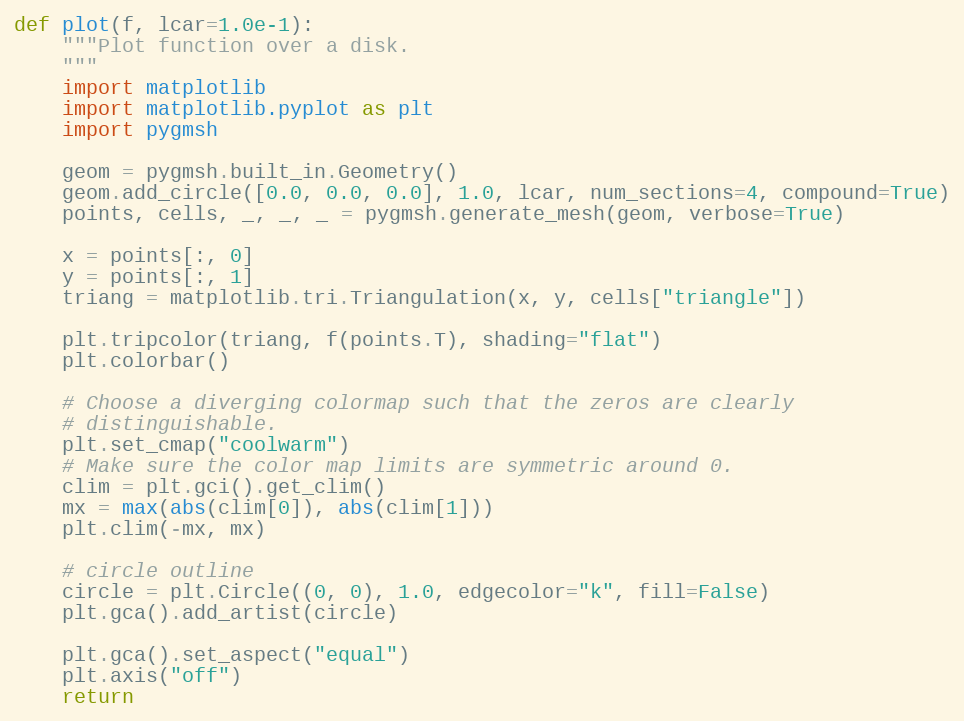
Language: Python
def plot(f, lcar=1.0e-1):
    """Plot function over a disk.
    """
    import matplotlib
    import matplotlib.pyplot as plt
    import pygmsh

    geom = pygmsh.built_in.Geometry()
    geom.add_circle([0.0, 0.0, 0.0], 1.0, lcar, num_sections=4, compound=True)
    points, cells, _, _, _ = pygmsh.generate_mesh(geom, verbose=True)

    x = points[:, 0]
    y = points[:, 1]
    triang = matplotlib.tri.Triangulation(x, y, cells["triangle"])

    plt.tripcolor(triang, f(points.T), shading="flat")
    plt.colorbar()

    # Choose a diverging colormap such that the zeros are clearly
    # distinguishable.
    plt.set_cmap("coolwarm")
    # Make sure the color map limits are symmetric around 0.
    clim = plt.gci().get_clim()
    mx = max(abs(clim[0]), abs(clim[1]))
    plt.clim(-mx, mx)

    # circle outline
    circle = plt.Circle((0, 0), 1.0, edgecolor="k", fill=False)
    plt.gca().add_artist(circle)

    plt.gca().set_aspect("equal")
    plt.axis("off")
    return